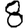
Digit: 8